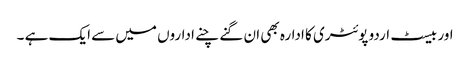
اور بیسٹ اردو پوئٹری کا ادارہ بھی ان گنے چنے اداروں میں سے ایک ہے ۔